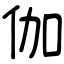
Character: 伽